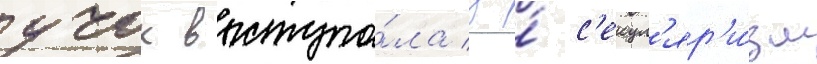
учок выступа́ла за́ с'екул'яр'и́зм